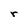
Character: r